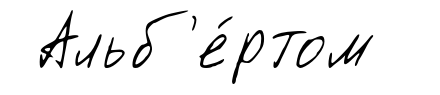
Альб'е́ртом